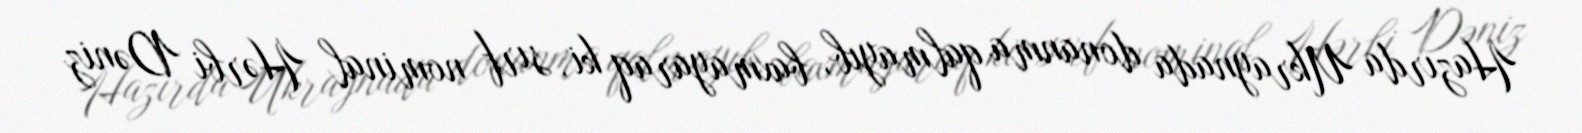
Hazırda Ukraynada donanma qalmayıb, baxmayaraq ki, sırf nominal Hərbi Dəniz